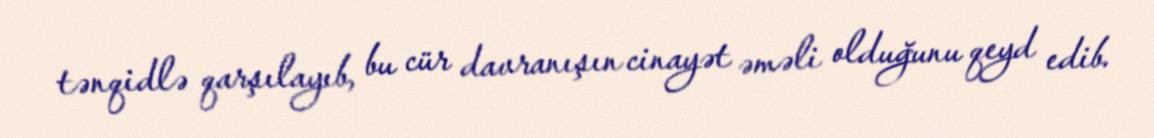
tənqidlə qarşılayıb, bu cür davranışın cinayət əməli olduğunu qeyd edib.